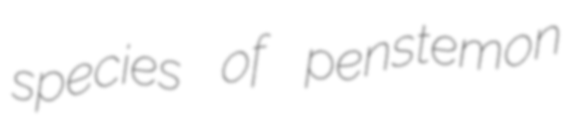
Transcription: species of penstemon